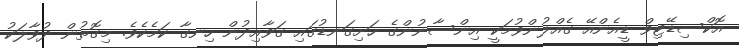
އޮކްސިޑޭޓިވް ޑީއެންއޭ ގެއްލުންވުމަކީ އިންސާނުންގެ ހަށިގަނޑުގައި ގަވާއިދުން ހިނގާ ކަމެކެވެ. މިގޮތުން ދުވާލަކު